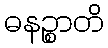
ဓနဉ္စာတိ